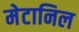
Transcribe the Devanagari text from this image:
मेटानिल